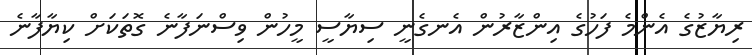
ރިޔާޒުގެ އެންމެ ފަހުގެ އިންޒާރުން އެނގެނީ ސިޔާސީ މީހުން ވިސްނަފާނެ ގޮތަކަށް ކިޔާފާނެ